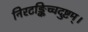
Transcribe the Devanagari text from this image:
निरटङ्किच्चदुष्टम्।